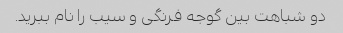
دو شباهت بین گوجه فرنگی و سیب را نام ببرید.